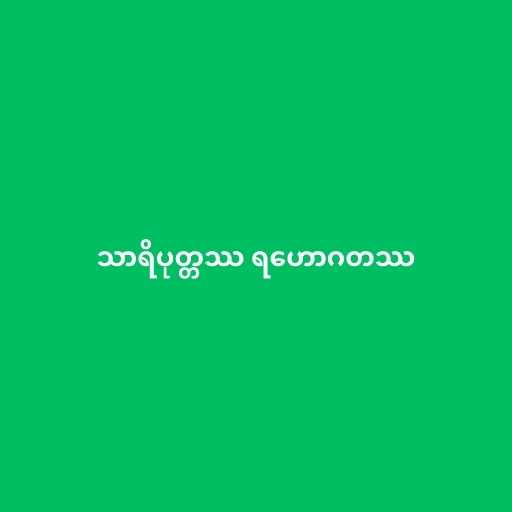
သာရိပုတ္တဿ ရဟောဂတဿ